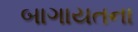
બાગાયતના